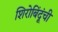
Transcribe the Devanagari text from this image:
शिरोबिंदूंची